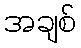
အချစ်